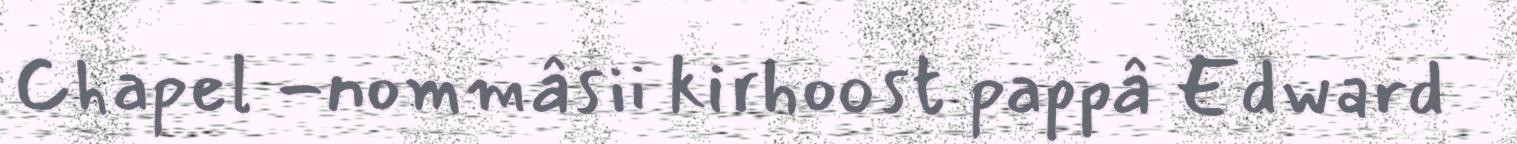
Chapel -nommâsii kirhoost pappâ Edward